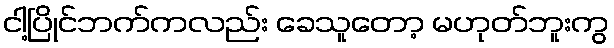
ငါ့ပြိုင်ဘက်ကလည်း ခေသူတော့ မဟုတ်ဘူးကွ